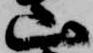
山